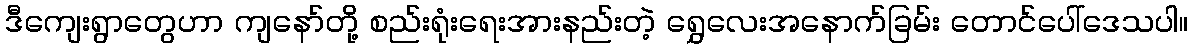
ဒီကျေးရွာတွေဟာ ကျနော်တို့ စည်းရုံးရေးအားနည်းတဲ့ ရွှေလေးအနောက်ခြမ်း တောင်ပေါ်ဒေသပါ။